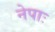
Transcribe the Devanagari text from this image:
नेपाः